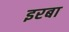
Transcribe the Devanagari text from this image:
इरबा